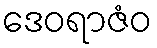
ဒေဝရာဇံဝ